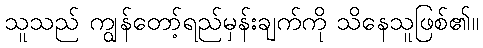
သူသည် ကျွန်တော့်ရည်မှန်းချက်ကို သိနေသူဖြစ်၏။